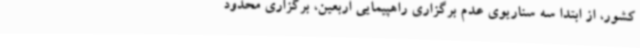
کشور، از ابتدا سه سناریوی عدم برگزاری راهپیمایی اربعین، برگزاری محدود